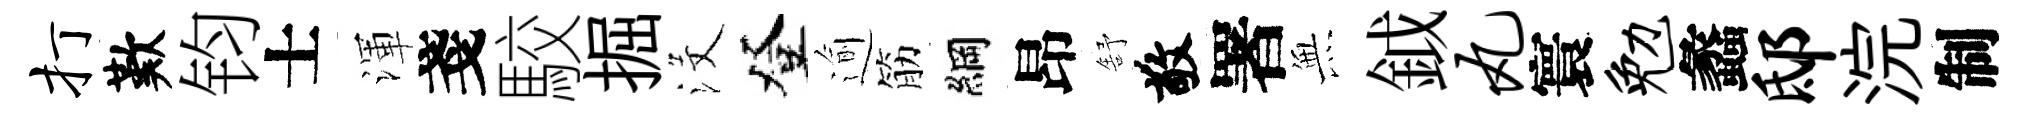
打歎钧士渾戔駮掘沒登逾筋綱昂舒敬署𭴾鉞丸寰勉蠡邸浣制